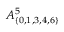
A _ { \{ 0 , 1 , 3 , 4 , 6 \} } ^ { 5 }